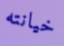
خيانته